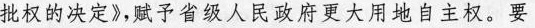
批权的决定》，赋予省级人民政府更大用地自主权。要